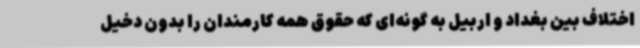
اختلاف بین بغداد و اربیل به گونه‌ای که حقوق همه کارمندان را بدون دخیل